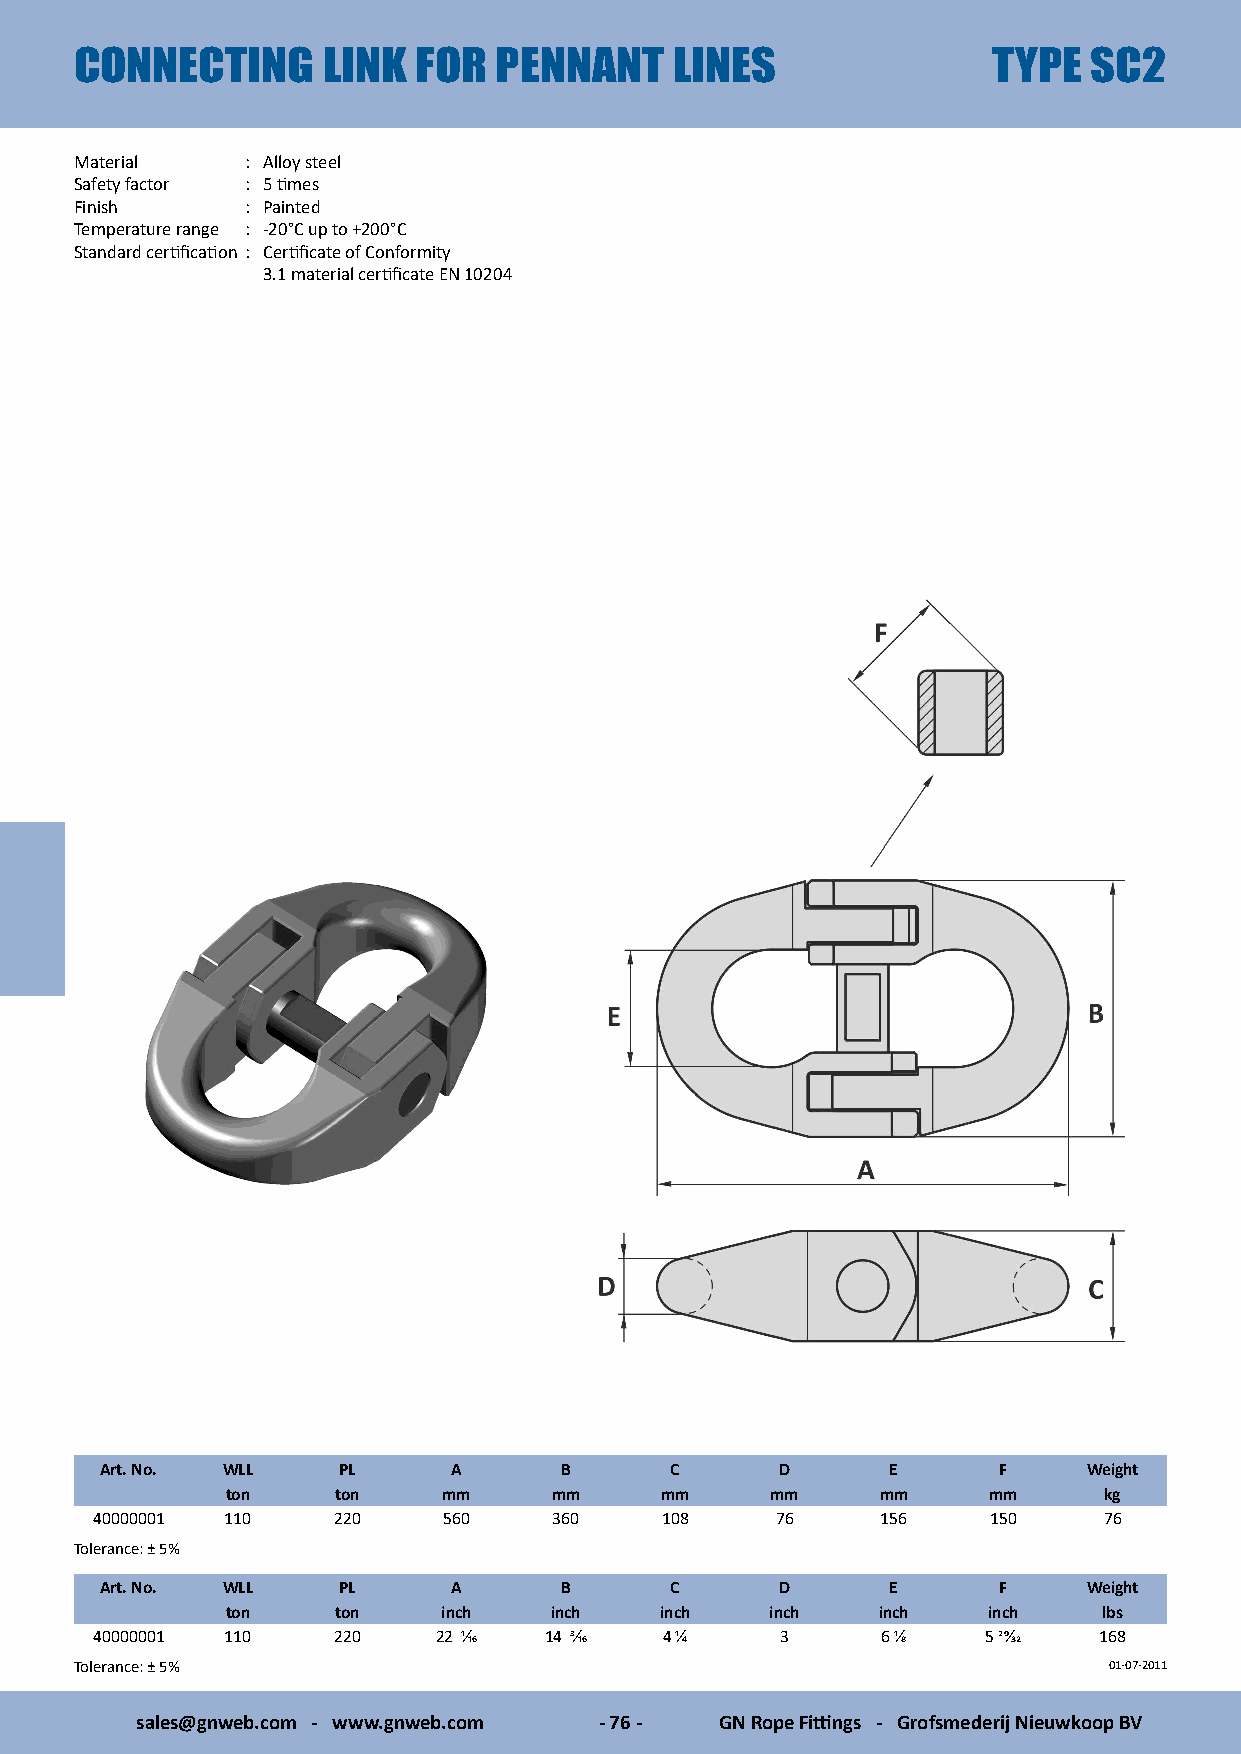
CONNECTING      LINK  FOR   PENNANT     LINES                TYPE  SC2
 Material   : Alloy steel
 Safety factor : 5 times
 Finish     : Painted
 Temperature range : -20°C up to +200°C
 Standard certification : Certificate of Conformity
 3.1 material certificate EN 10204
 Art. No. WLL   PL      A      B      C       D      E      F     Weight
 ton    ton    mm     mm      mm     mm     mm     mm      kg
 40000001 110    220    560     360    108    76     156    150     76
 Tolerance: ± 5%
 Art. No. WLL   PL      A      B      C       D      E      F     Weight
 ton    ton    inch   inch    inch   inch   inch   inch    lbs
 40000001 110    220    22 1/16 14 3/16 4 1/4  3     6 1/8  5 29/32 168
 Tolerance: ± 5%                                                     01-07-2011
 sales@gnweb.com - www.gnweb.com - 76 - GN Rope Fittings - Grofsmederij Nieuwkoop BV